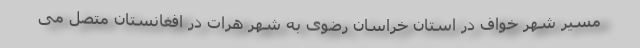
مسیر شهر خواف در استان خراسان رضوی به شهر هرات در افغانستان متصل می